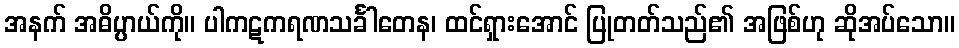
အနက် အဓိပ္ပာယ်ကို။ ပါကဋကရဏသင်္ခါတေန၊ ထင်ရှားအောင် ပြုတတ်သည်၏ အဖြစ်ဟု ဆိုအပ်သော။